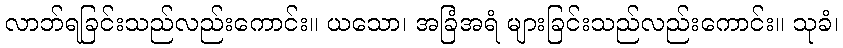
လာဘ်ရခြင်းသည်လည်းကောင်း။ ယသော၊ အခြံအရံ များခြင်းသည်လည်းကောင်း။ သုခံ၊